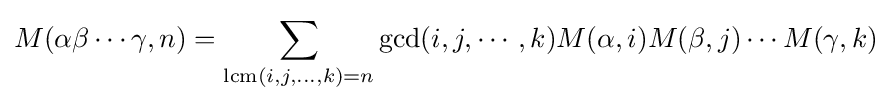
M(\alpha \beta \cdots \gamma ,n)=\sum _{\operatorname {lcm} (i,j,\ldots ,k)=n}\gcd(i,j,\cdots ,k)M(\alpha ,i)M(\beta ,j)\cdots M(\gamma ,k)